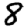
Digit: 8